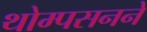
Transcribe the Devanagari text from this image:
थोम्पसनने